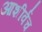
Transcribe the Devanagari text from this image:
आशीर्वच